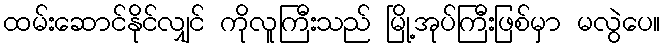
ထမ်းဆောင်နိုင်လျှင် ကိုလူကြီးသည် မြို့အုပ်ကြီးဖြစ်မှာ မလွဲပေ။